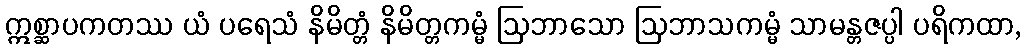
ဣစ္ဆာပကတဿ ယံ ပရေသံ နိမိတ္တံ နိမိတ္တကမ္မံ ဩဘာသော ဩဘာသကမ္မံ သာမန္တဇပ္ပါ ပရိကထာ,